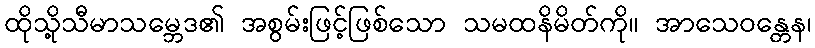
ထိုသို့သီမာသမ္ဘေဒ၏ အစွမ်းဖြင့်ဖြစ်သော သမထနိမိတ်ကို။ အာသေဝန္တေန၊